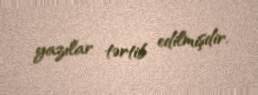
yazılar tərtib edilmişdir.